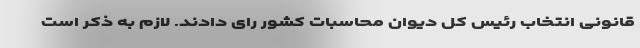
قانونی انتخاب رئیس کل دیوان محاسبات کشور رای دادند. لازم به ذکر است